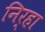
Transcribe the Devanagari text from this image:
निर्‍हा